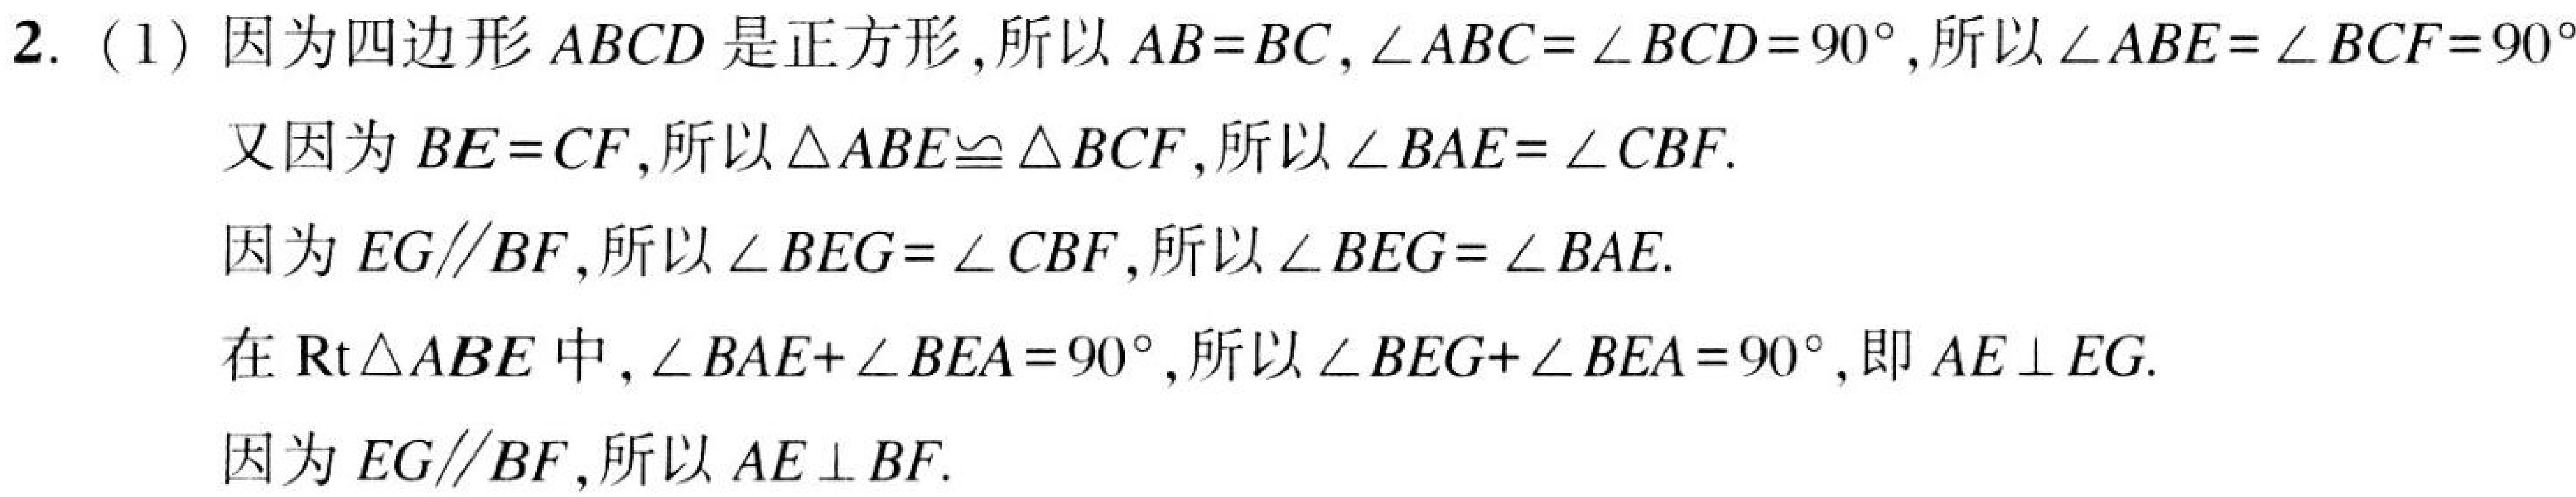
2. (1) 因为四边形 \(ABCD\) 是正方形, 所以 \(AB = BC,\angle ABC=\angle BCD = 90^{\circ}\), 所以 \(\angle ABE=\angle BCF = 90^{\circ}\)
又因为 \(BE = CF\), 所以 \(\triangle ABE\cong\triangle BCF\), 所以 \(\angle BAE=\angle CBF\).
因为 \(EG\parallel BF\), 所以 \(\angle BEG=\angle CBF\), 所以 \(\angle BEG=\angle BAE\).
在 \(\text{Rt}\triangle ABE\) 中, \(\angle BAE+\angle BEA = 90^{\circ}\), 所以 \(\angle BEG+\angle BEA = 90^{\circ}\), 即 \(AE\perp EG\).
因为 \(EG\parallel BF\), 所以 \(AE\perp BF\).